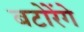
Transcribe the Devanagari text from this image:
बटोरेंगे